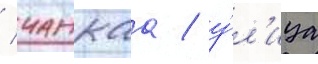
/ чанкаа / у́л'ица